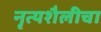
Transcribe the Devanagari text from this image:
नृत्यशैलीचा